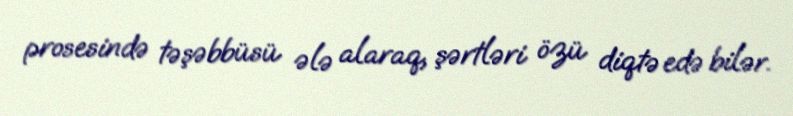
prosesində təşəbbüsü ələ alaraq, şərtləri özü diqtə edə bilər.